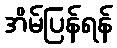
အိမ်ပြန်ရန်